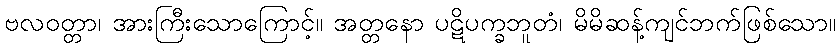
ဗလဝတ္တာ၊ အားကြီးသောကြောင့်။ အတ္တနော ပဋိပက္ခဘူတံ၊ မိမိဆန့်ကျင်ဘက်ဖြစ်သော။